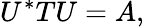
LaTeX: U^{*}TU=A,